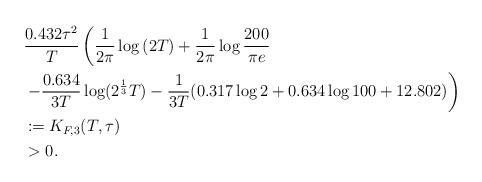
LaTeX: \begin{align*}& \frac{0.432\tau^2}{T}\left(\frac{1}{2\pi}\log{(2T)}+\frac{1}{2\pi}\log{\frac{200}{\pi e}} \right. \\& \left.-\frac{0.634}{3T}\log(2^\frac{1}{3}T) -\frac{1}{3T}(0.317\log{2}+0.634\log{100}+12.802)\right ) \\& \coloneqq K_{F,3}(T,\tau) \\& >0.\end{align*}